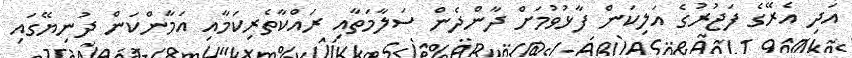
އަދި އެރޭގެ ފަޖުރުގެ އަލިކަން ފާޅުވުމަށް ދާންދެން ސަލާމަތާއި ރައްކާތެރިކަމާއި އަމާންކަން ދުނިޔޭގައި